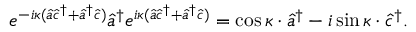
e ^ { - i \kappa ( \hat { a } \hat { c } ^ { \dagger } + \hat { a } ^ { \dagger } \hat { c } ) } \hat { a } ^ { \dagger } e ^ { i \kappa ( \hat { a } \hat { c } ^ { \dagger } + \hat { a } ^ { \dagger } \hat { c } ) } = \cos \kappa \cdot \hat { a } ^ { \dagger } - i \sin \kappa \cdot \hat { c } ^ { \dagger } .